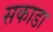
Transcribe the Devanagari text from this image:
सकाडा